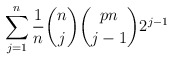
\begin{gather*}\sum_{j=1}^{n} {1 \over n} {n \choose j} {p n \choose j-1} 2^{j-1}\end{gather*}